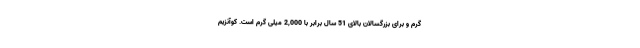
گرم و برای بزرگسالان بالای 51 سال برابر با 2,000 میلی گرم است. کوآنزیم